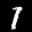
Label: 7